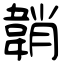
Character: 韒